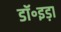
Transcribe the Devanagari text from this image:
डॉ॰इड़ा